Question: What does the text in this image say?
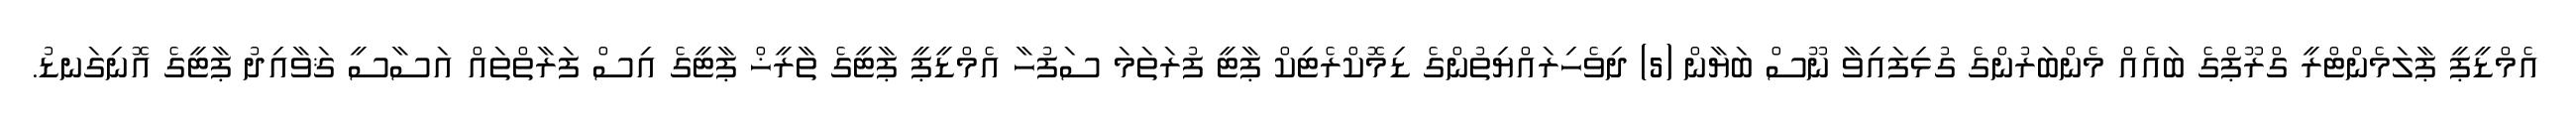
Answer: އެމްޑީޕީ ޕާލަމެންޓްރީ ގްރޫޕްގެ ބައެއް މެންބަރުންގެ ގުޅިފައިވާ ނޫސް ބަޔާން (5) ދިވެހިރައްޔިތުންގެ ޑިމޮކްރެޓިކް ޕާޓީ ފުރަތަމަ ސަފުހާ އެމްޑީޕީ ޕާޓީގެ ތާރީޚް ޕާޓީގެ އިސް ފަރާތްތައް އަސާސީ ޤަވާއިދު ޕާޓީގެ އޮނިގަނޑު.